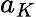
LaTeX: a_{K}